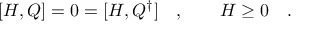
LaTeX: [ H , Q ] = 0 = [ H , Q ^ { \dagger } ] \quad , \qquad H \geq 0 \quad .